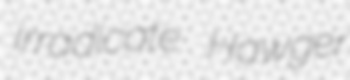
irradicate Hawger